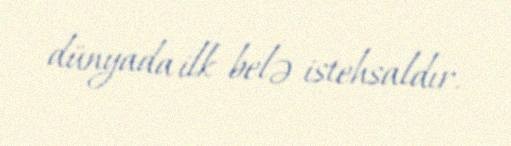
dünyada ilk belə istehsaldır.